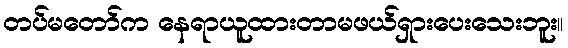
တပ်မတော်က နေရာယူထားတာမဖယ်ရှားပေးသေးဘူး။